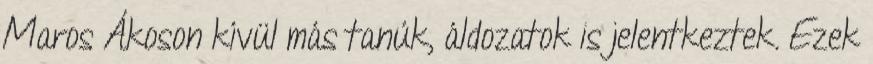
Maros Ákoson kívül más tanúk, áldozatok is jelentkeztek. Ezek